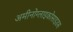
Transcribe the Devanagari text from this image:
अमीनोग्लाइकोसाइडस